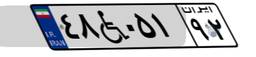
۴۸W۰۵۱۹۲